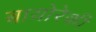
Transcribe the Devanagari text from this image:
बायोरेकी